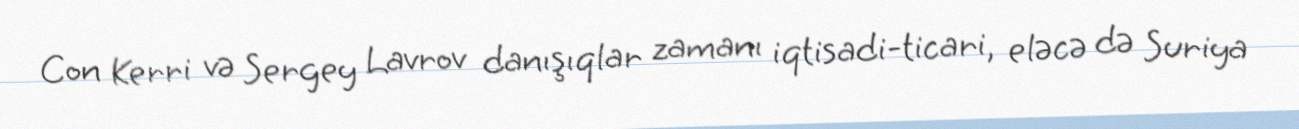
Con Kerri və Sergey Lavrov danışıqlar zamanı iqtisadi-ticari, eləcə də Suriya